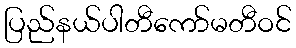
ပြည်နယ်ပါတီကော်မတီဝင်